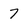
Character: 7